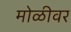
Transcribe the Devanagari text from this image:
मोळीवर